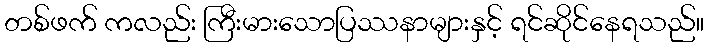
တစ်ဖက် ကလည်း ကြီးမားသောပြဿနာများနှင့် ရင်ဆိုင်နေရသည်။